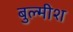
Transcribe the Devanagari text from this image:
बुल्मीश